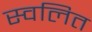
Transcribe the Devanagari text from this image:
स्वलित